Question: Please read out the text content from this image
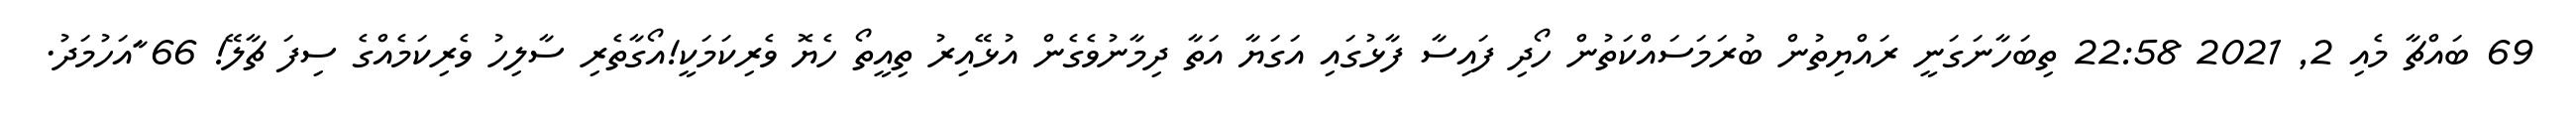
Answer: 69 ބައްޗާ މެއި 2, 2021 22:58 ތިބަހާނަގަނީ ރައްޔިތުން ބުރަމަސައްކަތުން ހޯދި ފައިސާ ފާޅުގައި އަގަޔާ އަތާ ދިމާނުވެގެން އުޅޭއިރު ތިއީތޯ ހެޔޮ ވެރިކަމަކީ!އޯގާތެރި ސާލިހު ވެރިކަމެއްގެ ސިފަ ޗާލޭ! 66 ާައަހުމަދު.